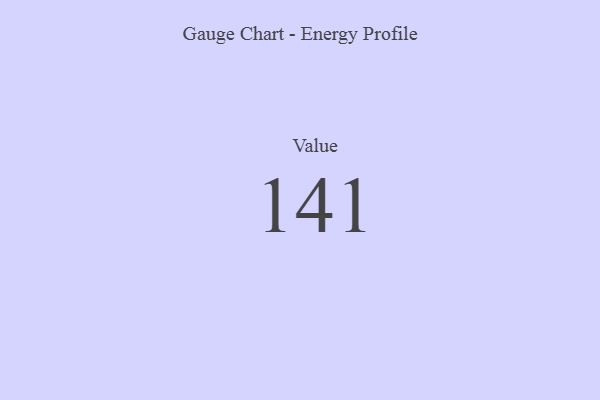
{"axis": {"x": "Metric", "y": "Value"}, "legend": [""], "data": [{"x": "Value", "y": 141, "type": ""}]}